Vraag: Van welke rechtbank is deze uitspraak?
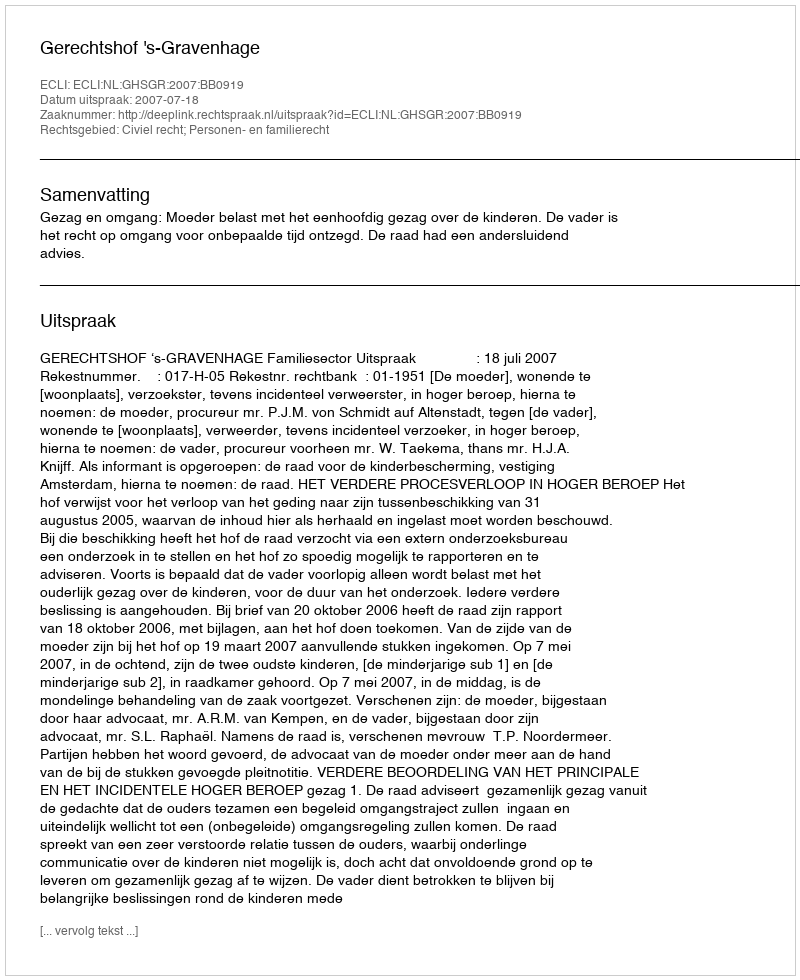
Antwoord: Gerechtshof 's-Gravenhage